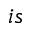
i s